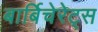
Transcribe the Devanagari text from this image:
बार्बिचेरेट्स